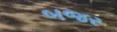
બજર